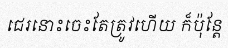
ជេរនោះចេះតែត្រូវហើយ ក៏ប៉ុន្តែ